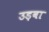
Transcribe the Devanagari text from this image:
उड़वा